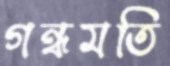
গন্ধমতি